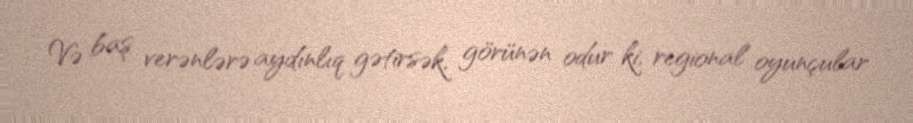
Və baş verənlərə aydınlıq gətirsək, görünən odur ki, regional oyunçular